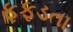
ફફડતા